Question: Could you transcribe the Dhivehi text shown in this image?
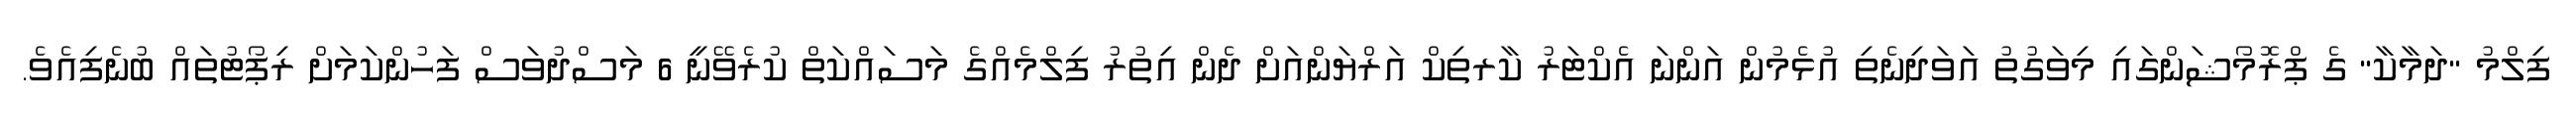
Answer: ފިލްމު "ދަމާކާ" ގެ ޕްރޮމޯޝަންގައި މިވަގުތު އަވަދިނެތި އުޅެމުން އަންނަ އެކްޓަރު ކާރތިކް އަރްޔަންއަށް ދެން އިތުރު ފިލްމެއްގެ މަސައްކަތް ކުރެވޭނީ 6 މަސްދުވަސް ފަހުންކަމަށް ރިޕޯޓުތައް ބުނެފިއެވެ.